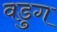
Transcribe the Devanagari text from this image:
वडुग